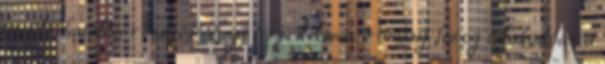
öncélú hatalmi rendjét? Egy terjedelmes iromány forog tolakodóan a